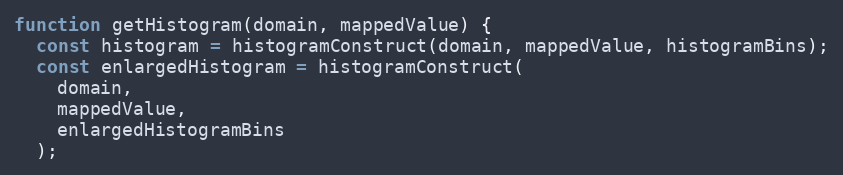
Language: JavaScript
function getHistogram(domain, mappedValue) {
  const histogram = histogramConstruct(domain, mappedValue, histogramBins);
  const enlargedHistogram = histogramConstruct(
    domain,
    mappedValue,
    enlargedHistogramBins
  );